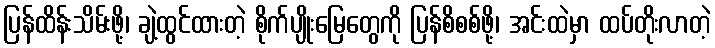
ပြန်ထိန်းသိမ်းဖို့၊ ချဲ့ထွင်ထားတဲ့ စိုက်ပျိုးမြေတွေကို ပြန်စိစစ်ဖို့၊ အင်းထဲမှာ ထပ်တိုးလာတဲ့